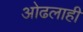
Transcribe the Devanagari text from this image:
ओढलाही